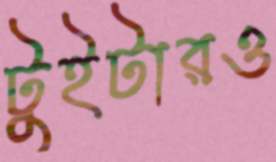
টুইটারও